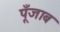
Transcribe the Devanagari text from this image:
पूँजाब